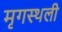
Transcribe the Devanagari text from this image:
मृगस्थली